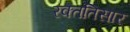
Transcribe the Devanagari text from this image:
रक्ततिसार